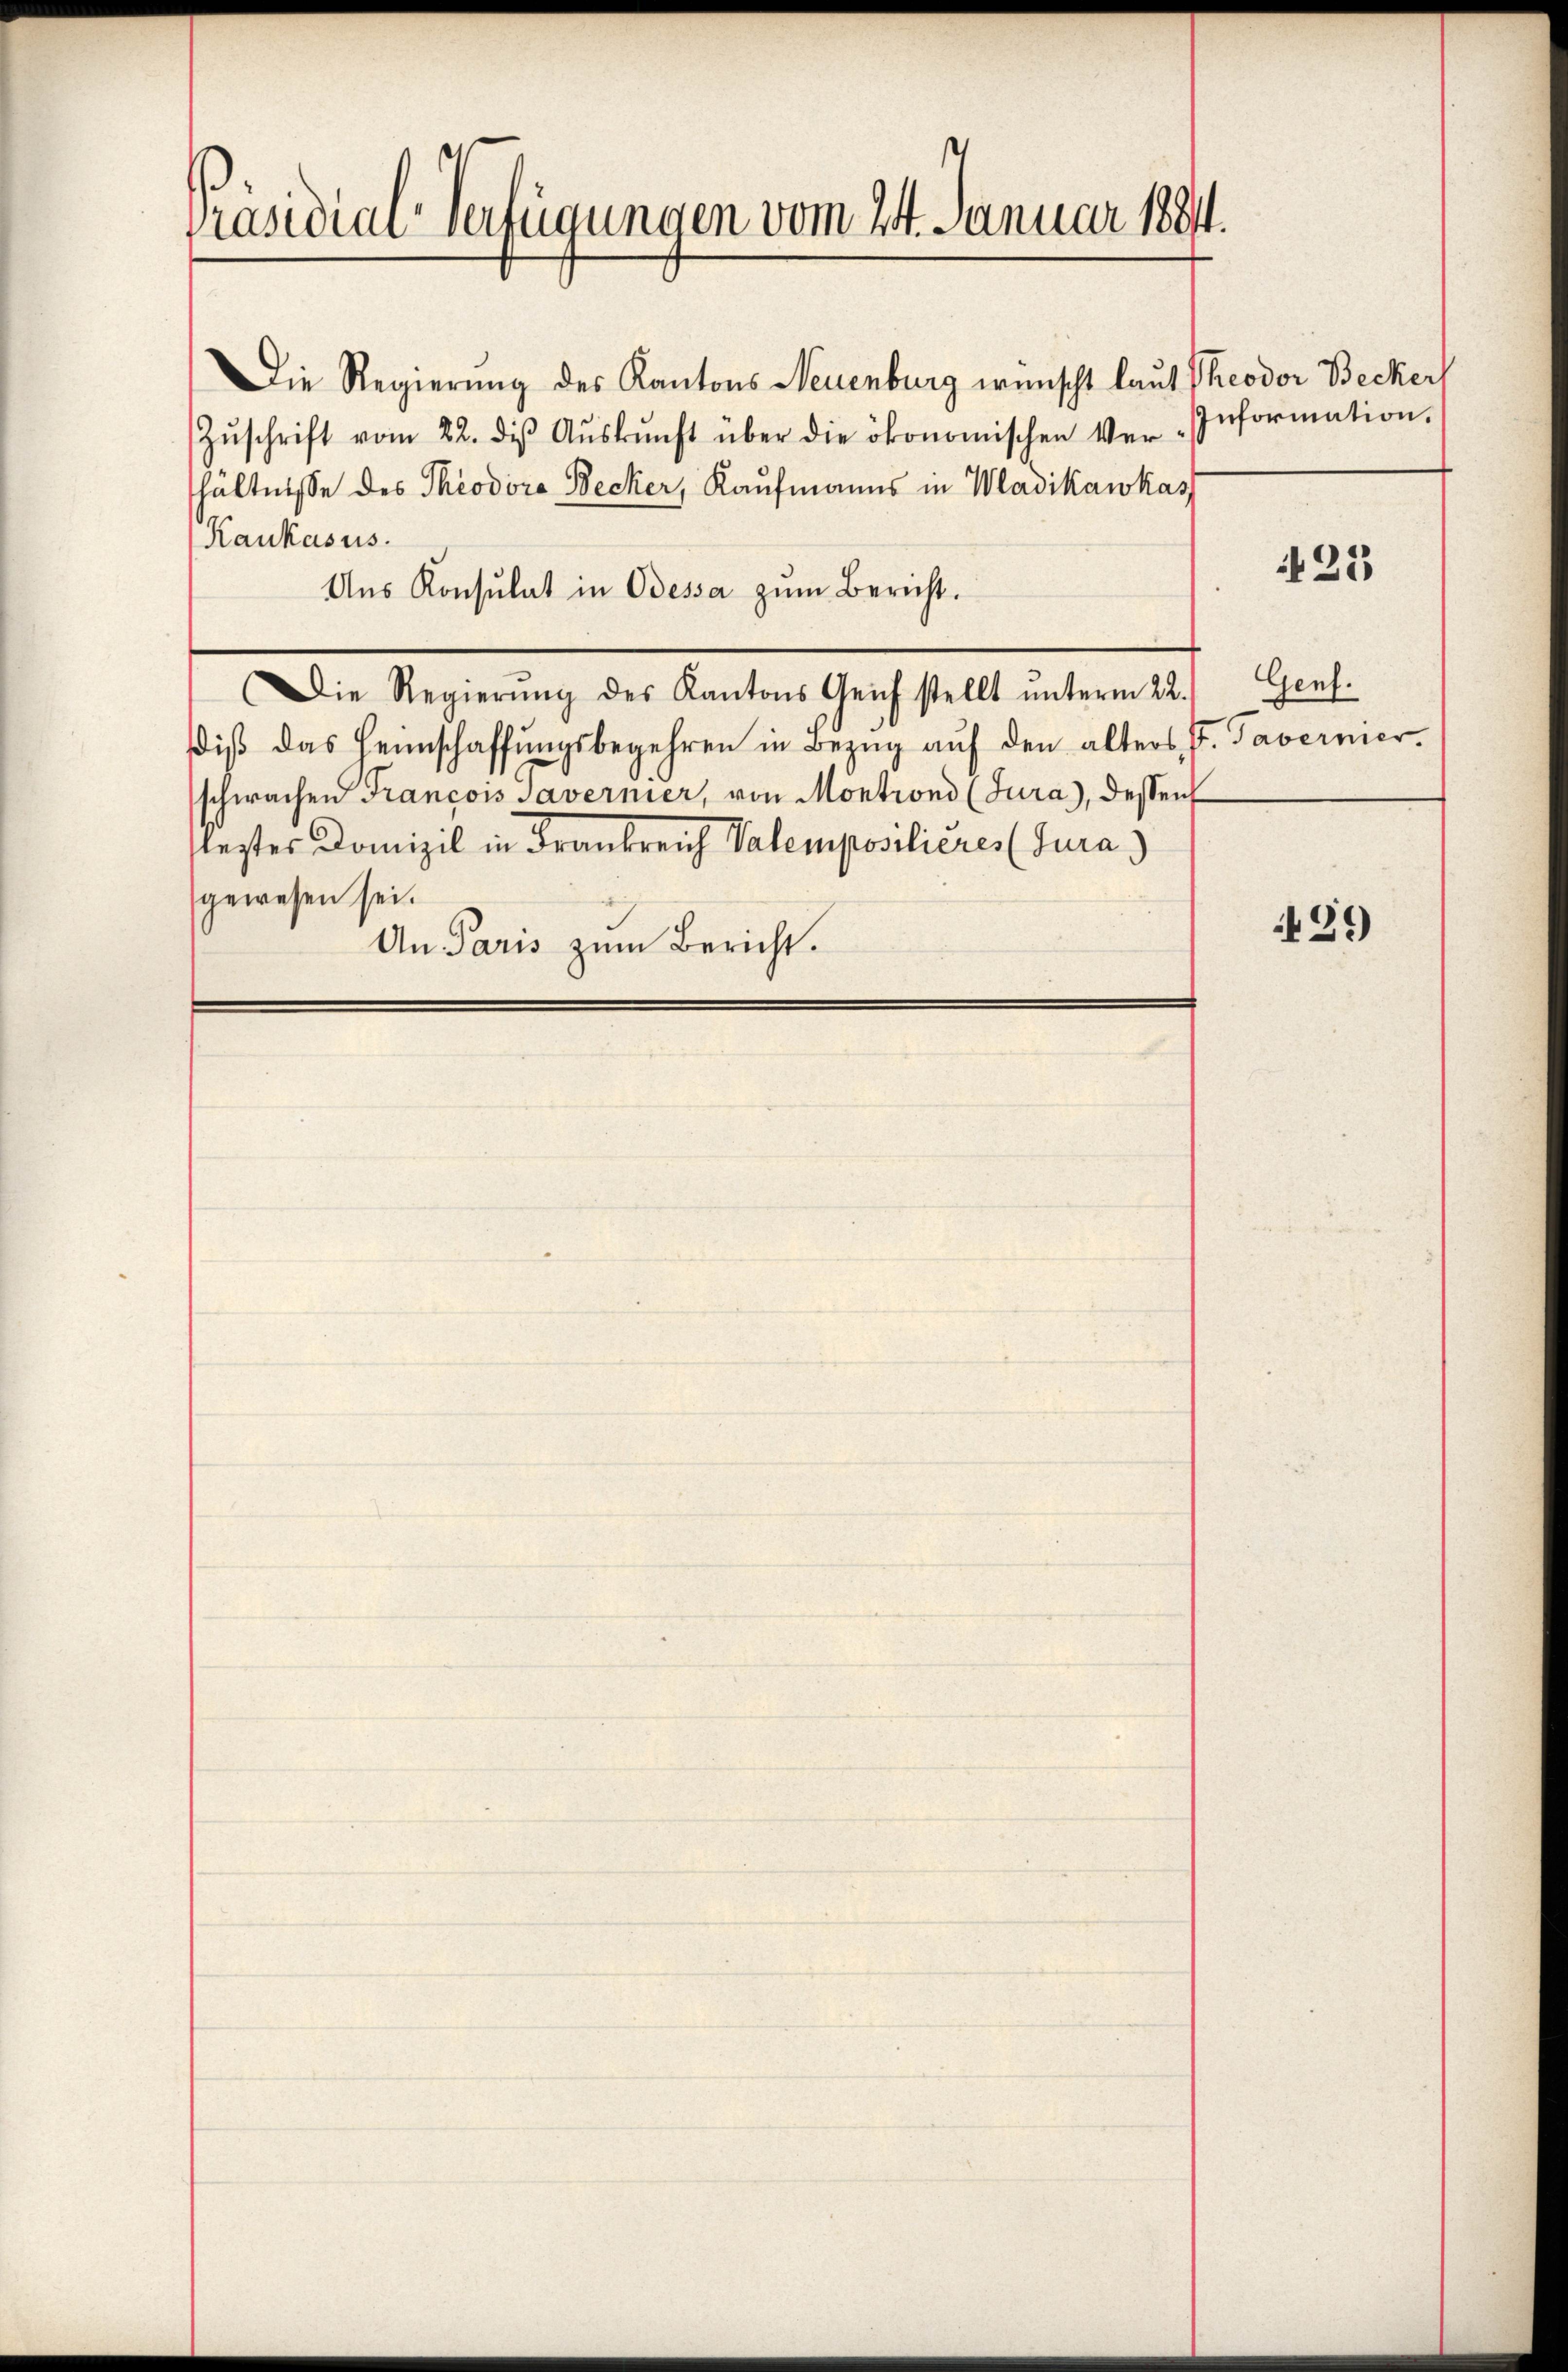
Präsidial-Verfügungen vom 24. Januar 1884.

Die Regierung des Kantons Neuenburg wünscht laut Theodor Becker
Zŭschrift vom 22. diβ Aŭskŭnft über die ökonomischen Ver-Information.
hältnisse des Theodoro Becker, Kaufmanns in Wadikawkass
Kaukasus.
Ans Konsulat in Odessa zŭm Bericht.
Die Regierŭng des Kantons Geich stellt ŭnterm 22.
diβ das Heimschaffŭngsbegehren in Bezŭg aŭf den alters J. Tavernier
schwachen Francois Savernier, von Montrond (Jura), dessen
lezter Domizil in Frankreich Valemposilieres (Jura)
gewesen sei.
An Paris zum Bericht.

423

Genf.

439